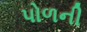
પોળની